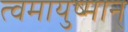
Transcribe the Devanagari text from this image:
त्वमायुष्मान्